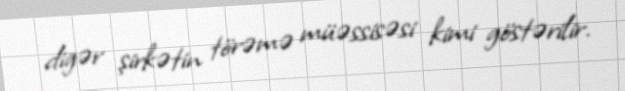
digər şirkətin törəmə müəssisəsi kimi göstərilir.